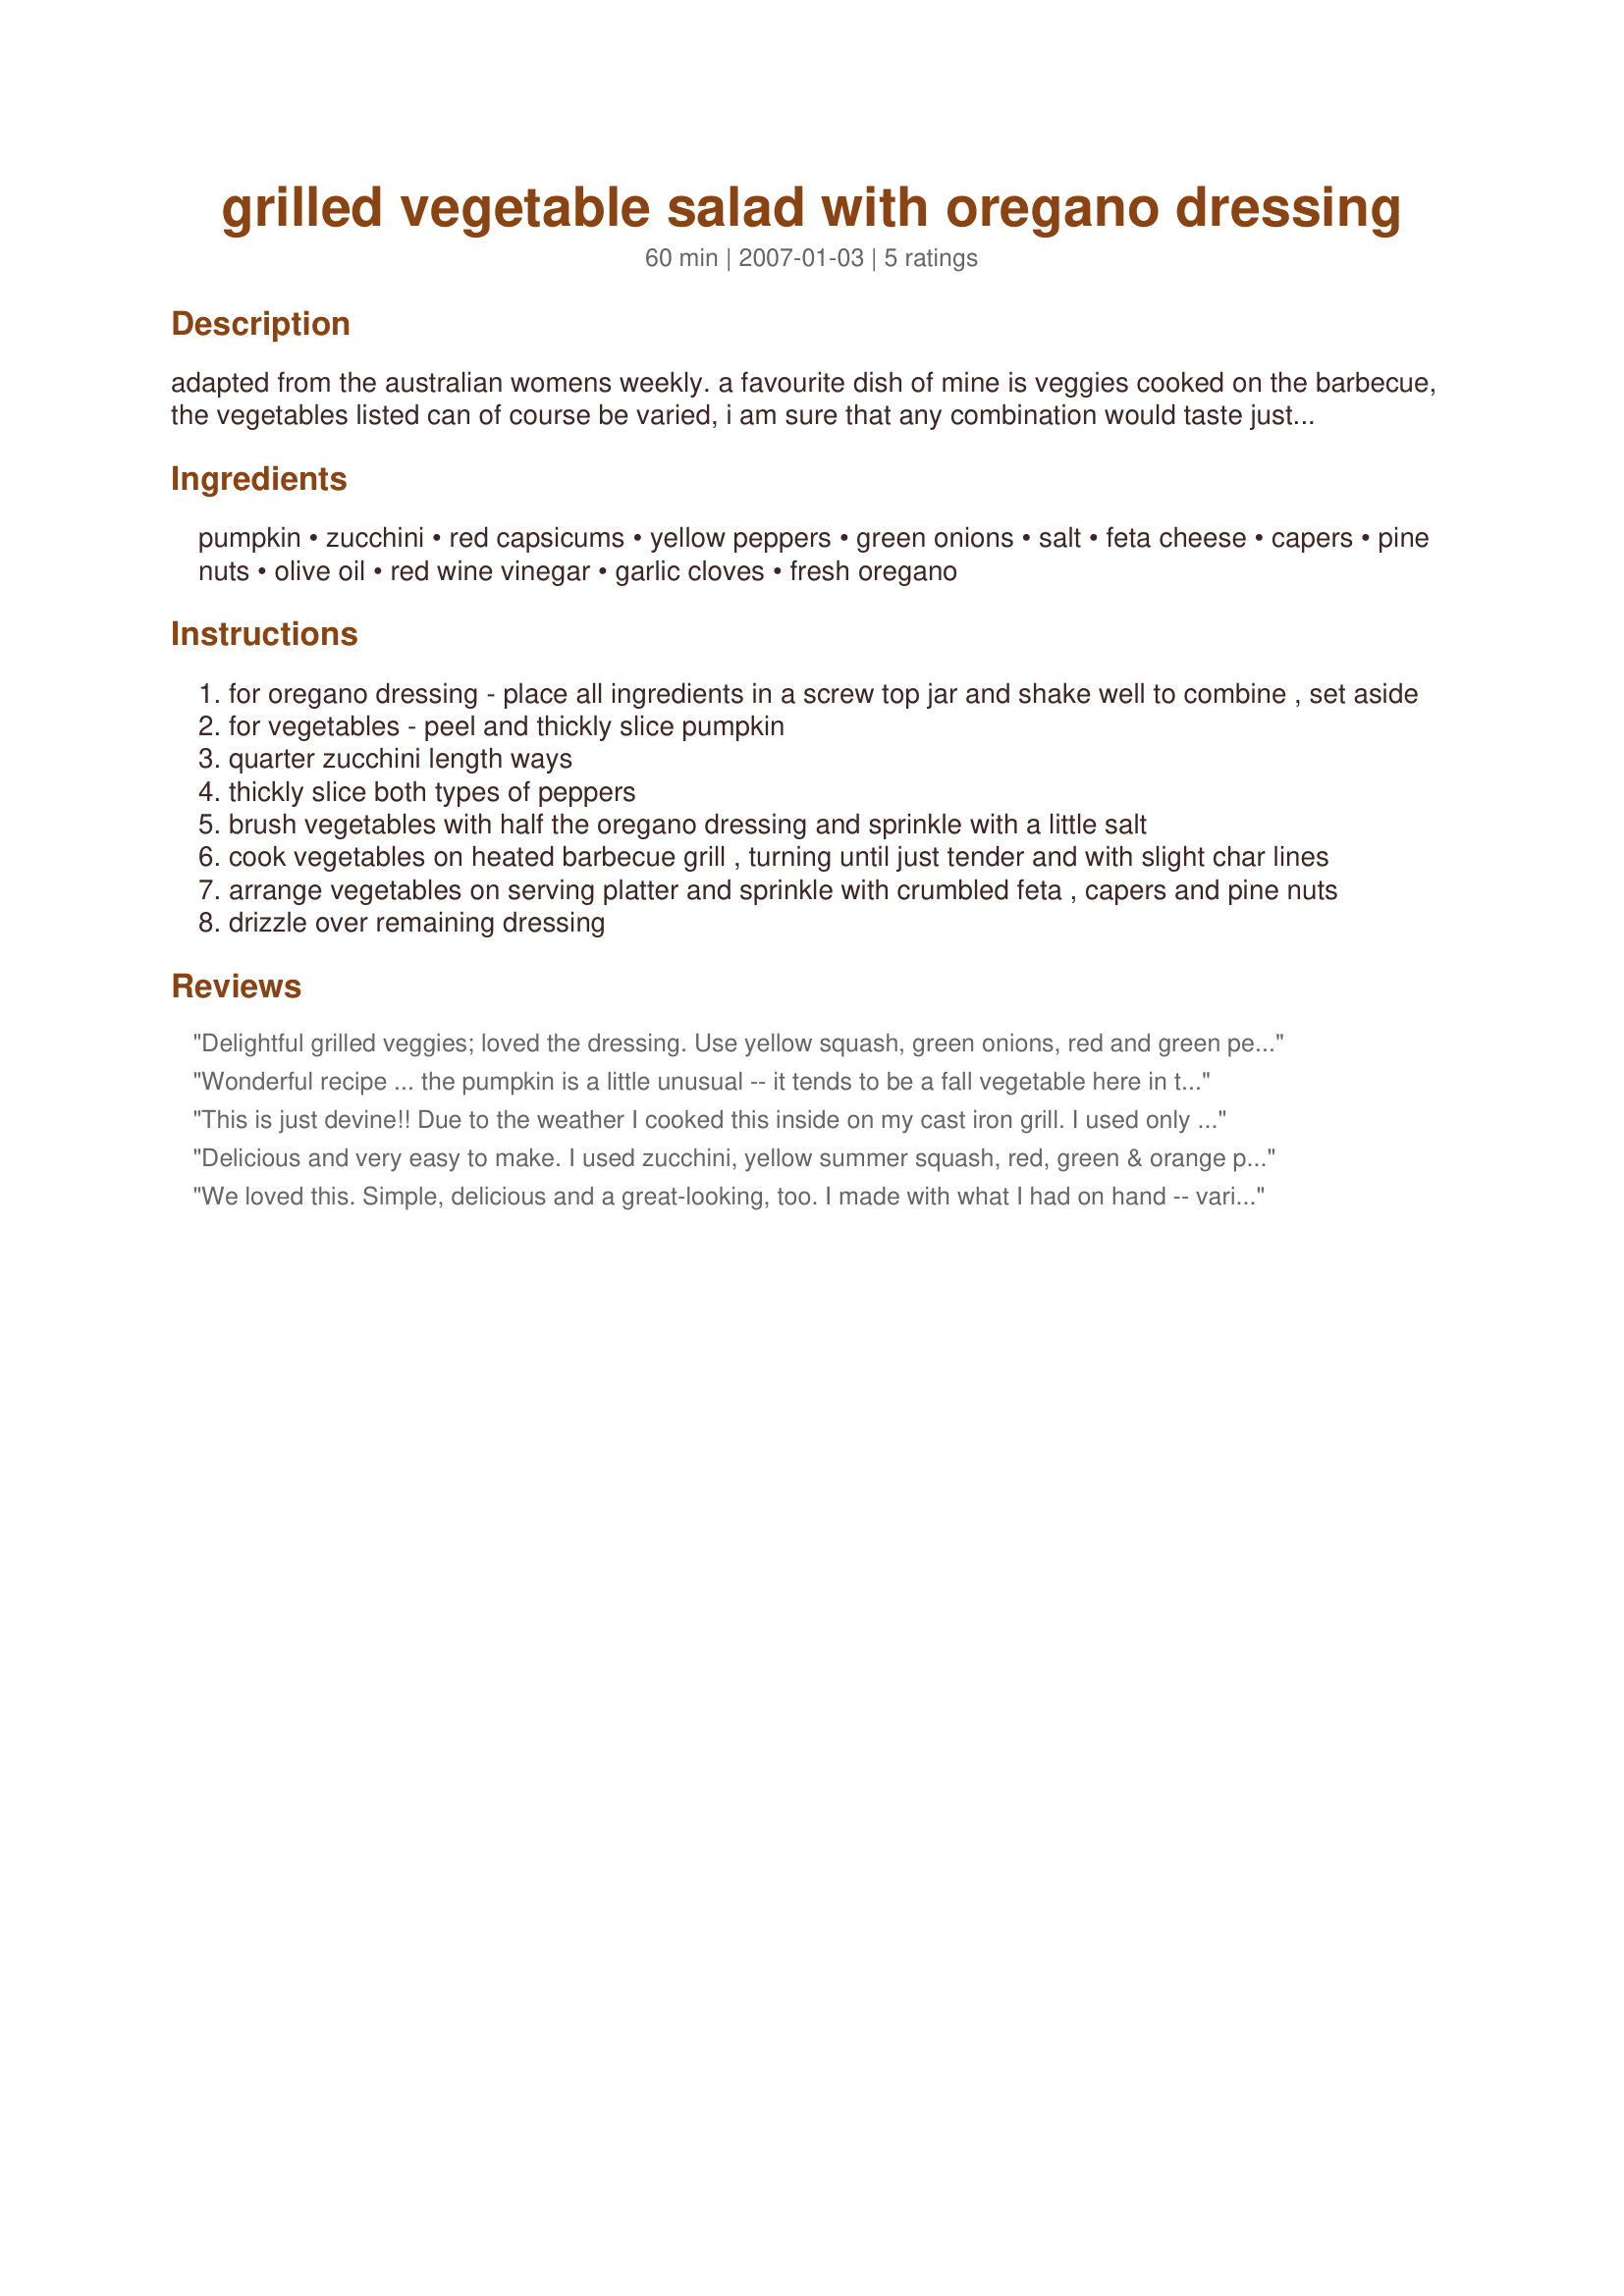
grilled vegetable salad with oregano dressing
Preparation time: 60 minutes

adapted from the australian womens weekly. a favourite dish of mine is veggies cooked on the barbecue, the vegetables listed can of course be varied, i am sure that any combination would taste just as good.

Ingredients:
pumpkin, zucchini, red capsicums, yellow peppers, green onions, salt, feta cheese, capers, pine nuts, olive oil, red wine vinegar, garlic cloves, fresh oregano

Steps:
for oregano dressing - place all ingredients in a screw top jar and shake well to combine , set aside
for vegetables - peel and thickly slice pumpkin
quarter zucchini length ways
thickly slice both types of peppers
brush vegetables with half the oregano dressing and sprinkle with a little salt
cook vegetables on heated barbecue grill , turning until just tender and with slight char lines
arrange vegetables on serving platter and sprinkle with crumbled feta , capers and pine nuts
drizzle over remaining dressing

Reviews:
Delightful grilled veggies; loved the dressing. Use yellow squash, green onions, red and green peppers and the capers. Put into foil packets and on the grill for 18 minutes, turning once. YUM! Made for Sarah's Cook-a-thon and the Grilling Event in Cooking Photos.
Wonderful recipe ... the pumpkin is a little unusual -- it tends to be a fall vegetable here in the US, but it adds a carmelized sweetness to the grilled vegetables that is refrehsing and a surprise. Clearly, the veggies can be altered to fit whatever your garden or grocery store has available. I added some corn on the cob, then shucked the kernels free.

The dressing is simple to make and also adds another, mild layer of flavor. 

Definitely a keeper, thanks, Sarah!, for posting.
This is just devine!! Due to the weather I cooked this inside on my cast iron grill. I used only red capsicum and added some sweet potato. A great side for any meats....or a vegetarian main even.Mmmmm Yum!
Delicious and very easy to make. I used zucchini, yellow summer squash, red, green & orange peppers and mushrooms. Very good. Next time I may increase the vinegar a tad, but it is good as written. Thanks for posting.
We loved this. Simple, delicious and a great-looking, too. I made with what I had on hand -- various peppers, zucchini and corn on the cob -- and served with grilled salmon. I'll definitely be making this again. Thanks for posting!
